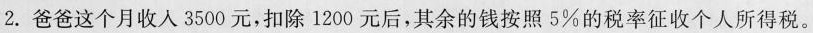
2.爸爸这个月收人3500元，扣除1200元后，其余的钱按照5%的税率征收个人所得税。